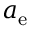
a _ { \mathrm { e } }